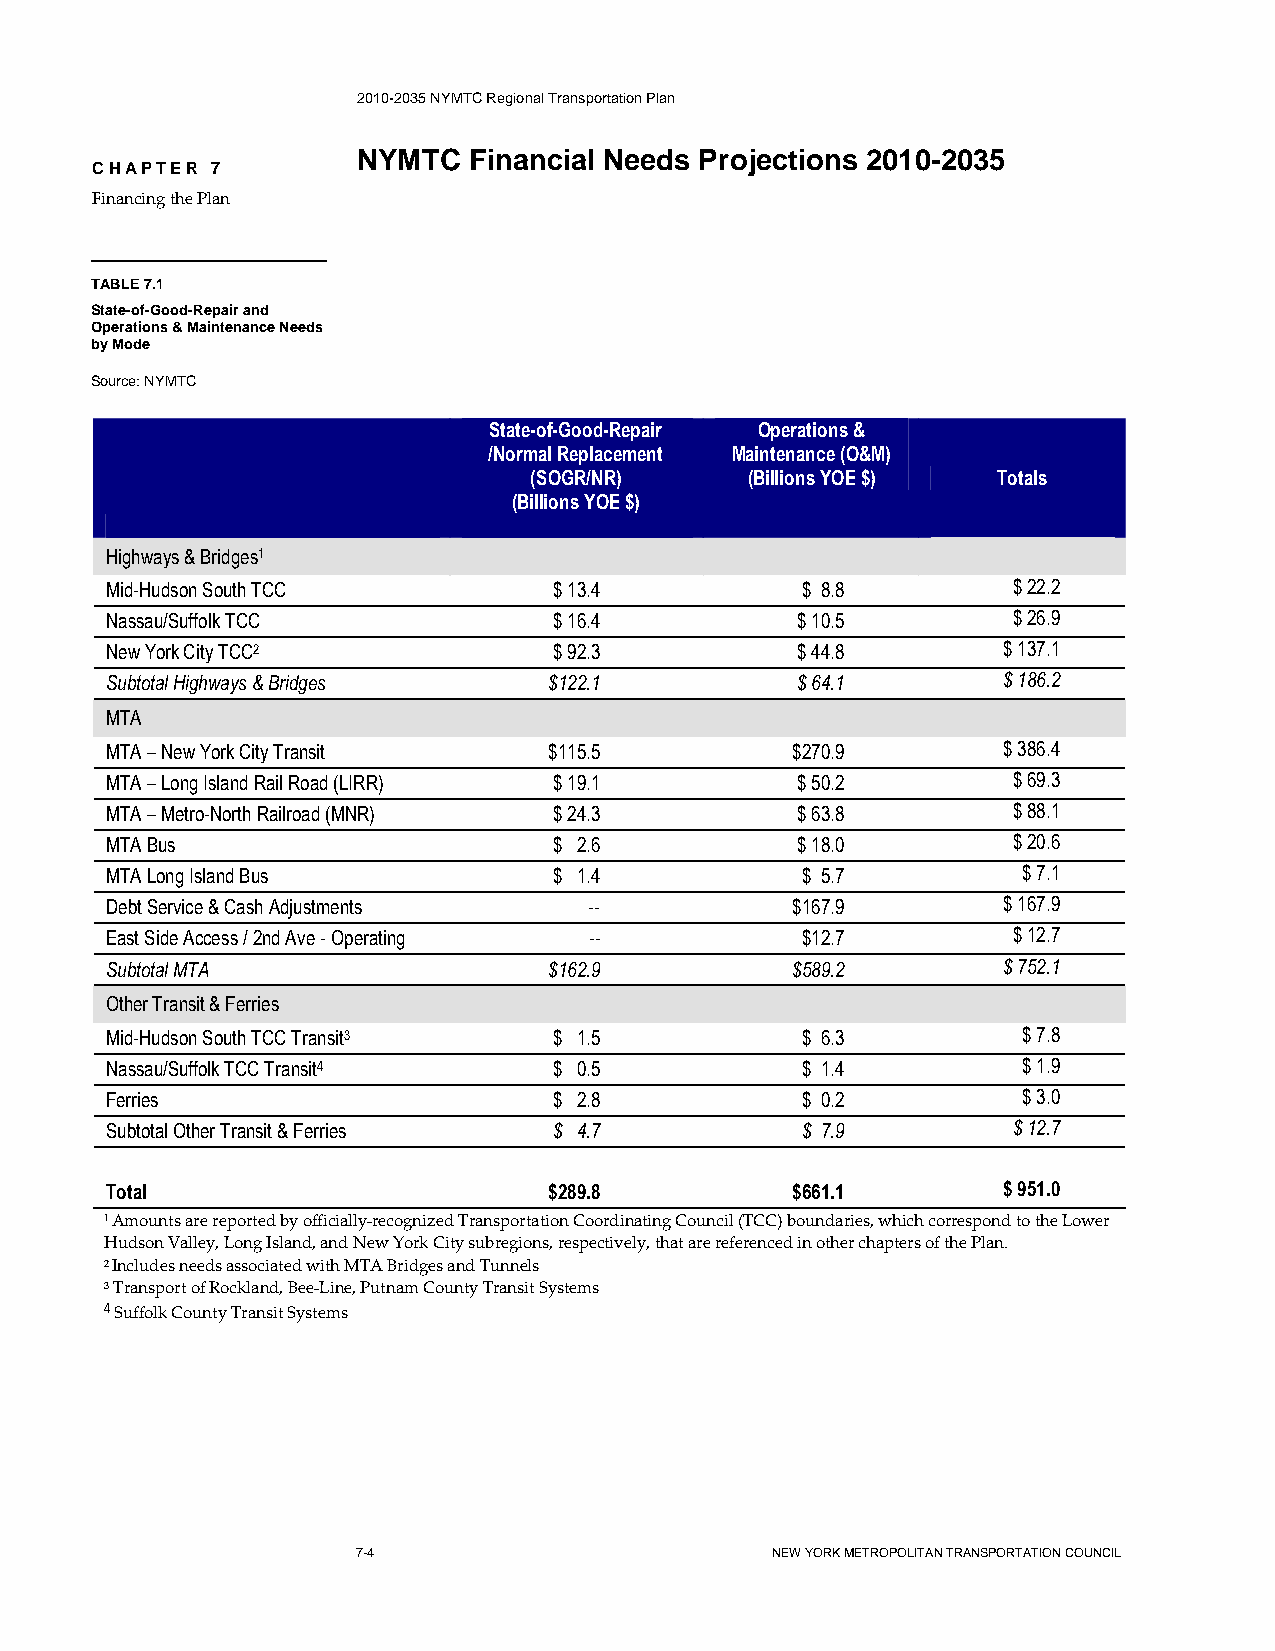
2010-2035 NYMTC Regional Transportation Plan
 NYMTC  Financial Needs Projections 2010-2035
 CHAPTER 7
 Financing the Plan
 TABLE 7.1
 State-of-Good-Repair and
 Operations & Maintenance Needs
 by Mode
 Source: NYMTC
 State-of-Good-Repair Operations &
 /Normal Replacement Maintenance (O&M)
 (SOGR/NR)      (Billions YOE $) Totals
 (Billions YOE $)
 Highways & Bridges1
 Mid-Hudson South TCC          $ 13.4          $ 8.8         $ 22.2
 Nassau/Suffolk TCC            $ 16.4          $ 10.5        $ 26.9
 New York City TCC2            $ 92.3          $ 44.8       $ 137.1
 Subtotal Highways & Bridges  $122.1           $ 64.1       $ 186.2
 MTA
 MTA – New York City Transit  $115.5          $270.9        $ 386.4
 MTA – Long Island Rail Road (LIRR) $ 19.1     $ 50.2        $ 69.3
 MTA – Metro-North Railroad (MNR) $ 24.3       $ 63.8        $ 88.1
 MTA Bus                       $ 2.6           $ 18.0        $ 20.6
 MTA Long Island Bus           $ 1.4           $ 5.7          $ 7.1
 Debt Service & Cash Adjustments --           $167.9        $ 167.9
 East Side Access / 2nd Ave - Operating --     $12.7         $ 12.7
 Subtotal MTA                 $162.9          $589.2        $ 752.1
 Other Transit & Ferries
 Mid-Hudson South TCC Transit3 $ 1.5           $ 6.3          $ 7.8
 Nassau/Suffolk TCC Transit4   $ 0.5           $ 1.4          $ 1.9
 Ferries                       $ 2.8           $ 0.2          $ 3.0
 Subtotal Other Transit & Ferries $ 4.7        $ 7.9         $ 12.7
 Total                        $289.8          $661.1        $ 951.0
 1 Amounts are reported by officially-recognized Transportation Coordinating Council (TCC) boundaries, which correspond to the Lower
 Hudson Valley, Long Island, and New York City subregions, respectively, that are referenced in other chapters of the Plan.
 2 Includes needs associated with MTA Bridges and Tunnels
 3 Transport of Rockland, Bee-Line, Putnam County Transit Systems
 4 Suffolk County Transit Systems
 7-4                        NEW YORK METROPOLITAN TRANSPORTATION COUNCIL